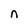
Character: n